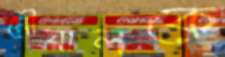
মৌয়ালকে